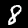
Label: 8